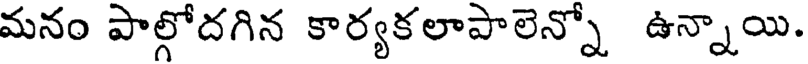
మనం పాల్గోదగిన కార్యకలాపాలెన్నో ఉన్నాయి.